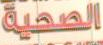
الصحية